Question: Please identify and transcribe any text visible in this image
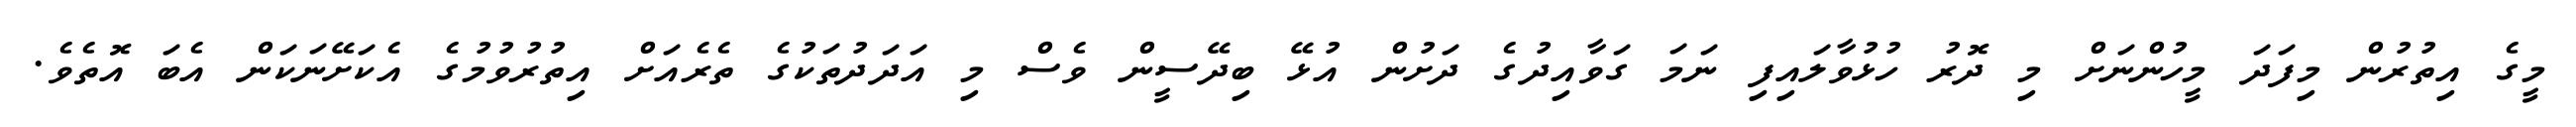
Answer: މީގެ އިތުރުން މިފަދަ މީހުންނަށް މި ދޮރު ހުޅުވާލައިފި ނަމަ ގަވާއިދުގެ ދަށުން އުޅޭ ބިދޭސީން ވެސް މި އަދަދުތަކުގެ ތެރެއަށް އިތުރުވުމުގެ އެކަށޭނަކަން އެބަ އޮތެވެ.